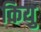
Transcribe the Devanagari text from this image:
कियु